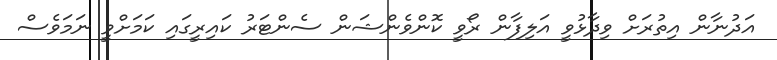
އަދުނާން އިތުރަށް ވިދާޅުވީ އަލިފާން ރޯވީ ކޮންވެންޝަން ސެންޓަރު ކައިރީގައި ކަމަށްވީ ނަމަވެސް